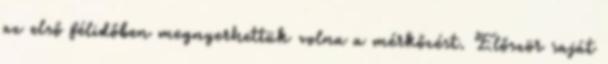
az első félidőben megnyerhettük volna a mérkőzést. Először saját